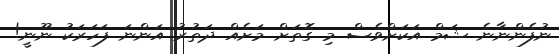
ނުފެންނާނެ ޝަމް އަކަށްވެސް މި ގޮތަށް މަށެއް ދަތުރު އަންނަ ފަހަރަކު ނޫނީ!